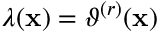
\begin{array} { r } { \lambda ( \mathbf { x } ) = \vartheta ^ { ( r ) } ( \mathbf { x } ) } \end{array}